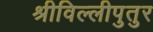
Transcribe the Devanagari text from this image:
श्रीविल्लीपुतुर